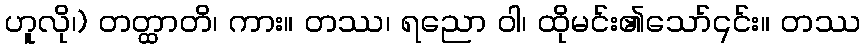
ဟူလို၊) တတ္ထာတိ၊ ကား။ တဿ၊ ရညော ဝါ၊ ထိုမင်း၏သော်၎င်း။ တဿ